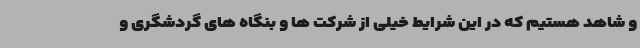
و شاهد هستیم که در این شرایط خیلی از شرکت ها و بنگاه های گردشگری و